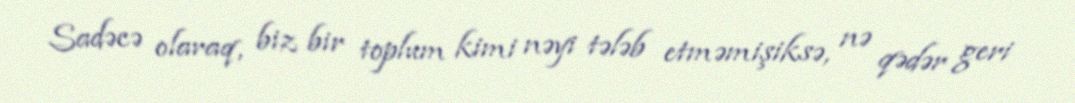
Sadəcə olaraq, biz bir toplum kimi nəyi tələb etməmişiksə, nə qədər geri